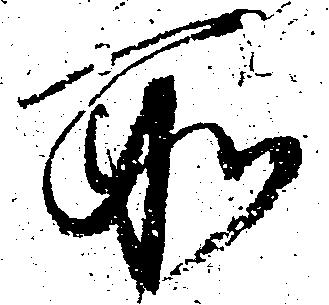
所